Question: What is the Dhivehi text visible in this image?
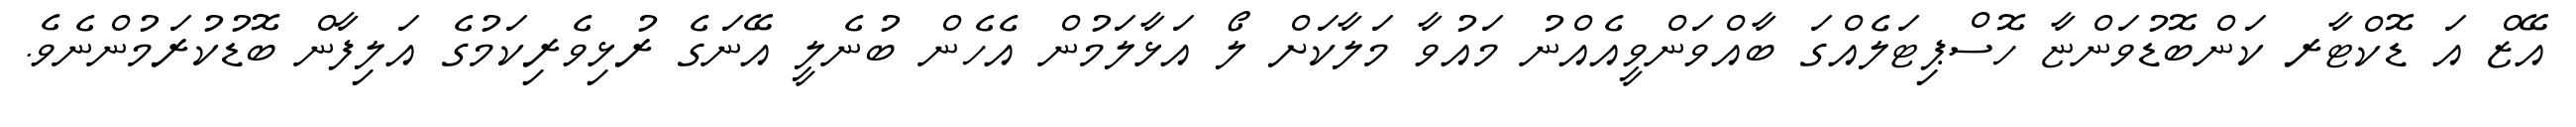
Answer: އޭޒް އަ ޑޮކްޓާރ ކަންބޮޑުވަންޏާ ހޮސްޕިޓަލެއްގަ ބާއްވަންވީއެއްނު މައުވާ މަލާކަށް ލޯ އަޅާލަމުން އެހެން ބުނެލީ އޭނަގެ ރުޅިވެރިކަމުގެ އަލިފާން ބޮޑުކުރަމުންނެވެ.